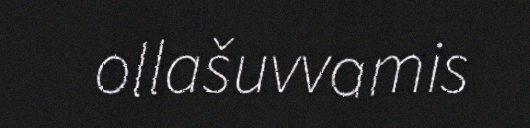
ollašuvvamis